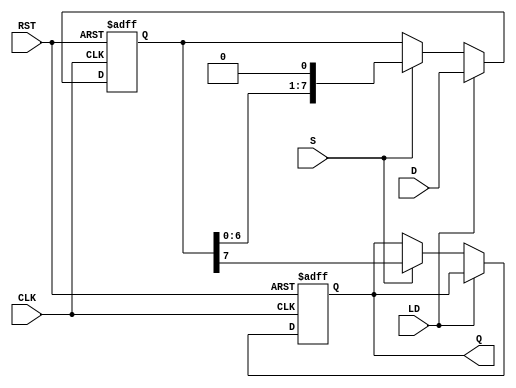
module PISO_Register #(
    parameter WIDTH = 8 // Width of the register (number of bits)
)(
    input wire [WIDTH-1:0] D,    // Parallel data input
    input wire LD,                // Load control signal
    input wire S,                 // Shift control signal
    input wire CLK,               // Clock signal
    input wire RST,               // Reset signal
    output reg Q                  // Serial output
);

    // Internal register to hold the data
    reg [WIDTH-1:0] shift_reg;

    always @(posedge CLK or posedge RST) begin
        if (RST) begin
            // Reset the shift register to zero
            shift_reg <= {WIDTH{1'b0}};
            Q <= 1'b0; // Reset the output
        end else if (LD) begin
            // Load data into shift register
            shift_reg <= D;
        end else if (S) begin
            // Shift operation
            Q <= shift_reg[WIDTH-1]; // Output the MSB
            shift_reg <= {shift_reg[WIDTH-2:0], 1'b0}; // Shift left and fill LSB with 0
        end
    end

endmodule